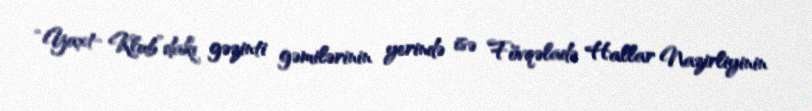
“Yaxt- Klub”dakı gəzinti gəmilərinin yerində isə Fövqəladə Hallar Nazirliyinin